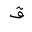
Letter: _qaf